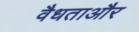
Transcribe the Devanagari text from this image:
वैधताऔर